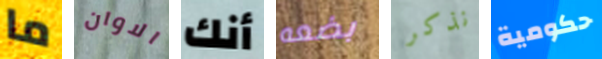
ما الاوان أنك بضعه نذكر حكومية